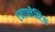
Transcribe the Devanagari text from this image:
एनाफ्लैक्टिक